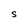
Character: S